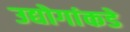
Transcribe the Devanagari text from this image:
उद्योगांकडे